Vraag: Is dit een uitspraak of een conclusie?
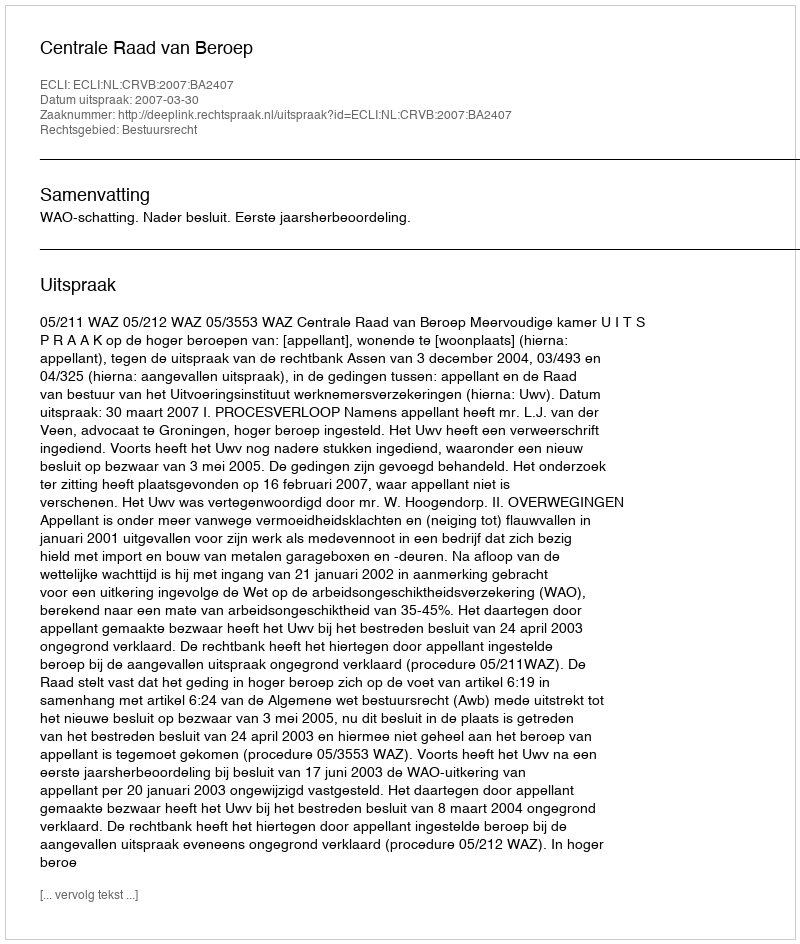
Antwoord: Uitspraak